Vaccination in the Punjab 1905-1918 - 1905-1918
Year: 1905
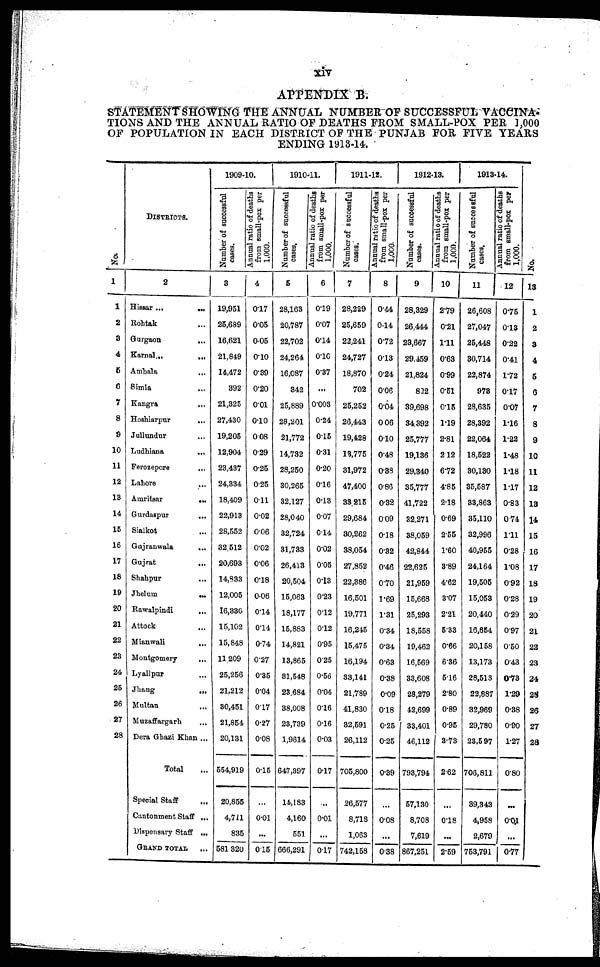
xiv
APPENDIX B.
STATEMENT SHOWING THE ANNUAL NUMBER OF SUCCESSFULVACCINA¬
TIONS AND THE ANNUAL RATIO OF DEATHS FROM SMALL-POX PER 1,000
OF POPULATION IN EACH DISTRICT OF THE PUNJAB FOR FIVE YEARS
ENDING 1913-14.
No.
1
1
2
3
4
5
6
7
8
9
10
11
12
13
14
15
16
17
18
19
20
21
22
23
24
25
26
27
28
DISTRICTS.
2
Hissar ...
...
Rohtak ... ...
Gurgaon
...
Karnal...
...
Ambala
...
Simla
...
Kangra ...
Hoshiarpur
...
Jullundur ...
Ludhiana
...
Ferozepore
...
Lahore
...
Amritsar
...
Gurdaspur
...
Sialkot ...
Gujranwala
...
Gujrat
...
Shahpur
...
Jhelum
...
Rawalpindi
...
Attock
...
Mianwali
...
Montgomery
...
Lyallpur ...
Jhang ...
Multan ...
Muzaffargarh ...
Dera Ghazi Khan ...
Total ...
Special Staff ...
Cantonment Staff ...
Dispensary Staff ...
GRAND TOTAL ...
1909-10.
Number of successful
cases.
3
19,951
25,689
16,621
21,849
14,472
392
21,325
27,430
19,205
12,904
23,437
24,334
18,409
22,913
28,552
32,512
20,693
14,833
12,005
16,330
15,102
15,848
11,209
25,256
21,212
30,451
21,854
20,131
554,919
20,855
4,711
835
581,320
Annual ratio of deaths
from small-pox per
1,000.
4
0.17
0.05
0.05
0.10
0.39
0.20
0.01
0.10
0.08
0.29
0.25
0.25
0.11
0.02
0.06
0.02
0.06
0.18
0.06
0.14
0.14
0.74
0.27
0.35
0.04
0.17
0.27
0.08
0.15
...
0.01
...
0.15
1910-11.
Number of successful
cases.
5
28,163
20,787
22,702
24,264
16,087
342
25,889
28,201
21,772
14,732
28,250
30,265
32,127
28,040
32,724
31,733
26,413
20,504
15,063
18,177
15,883
14,821
13,865
31,548
23,684
38,008
23,739
1,9614
647,397
14,183
4,160
551
666,291
Annual ratio of deaths
from small-pox per
1,000.
6
0.19
0.07
0.14
0.10
0.37
...
0.003
0.24
0.15
0.31
0.20
0.16
0.13
0.07
0.14
0.02
0.05
0.13
0.23
0.12
0.12
0.95
0.25
0.56
0.04
0.16
0.16
0.03
0.17
...
0.01
...
0.17
1911-12.
Number of successful
cases.
7
28,229
25,659
22,241
24,727
18,870
702
25,252
26,443
19,428
13,775
31,972
47,400
33,215
29,684
30,262
38,054
27,852
22,386
16,501
19,771
16,245
15,475
16,194
33,141
21,789
41,830
32,591
26,112
705,800
26,577
8,718
1,063
742,158
Annual ratio of deaths
from small-pox per
1,000.
8
0.44
0.14
0.72
0.13
0.24
0.06
0.04
0.06
0.10
0.48
0.38
0.86
0.32
0.09
0.18
0.32
0.46
0.70
1.69
1.31
0.34
0.34
0.63
0.38
0.09
0.18
0.25
0.25
0.39
...
0.08
...
0.38
1912-13.
Number of successful
cases.
9
28,329
26,444
23,667
29,459
21,824
822
39,698
34,392
25,777
19,136
29,340
35,777
41,722
32,271
38,059
42,844
22,625
21,959
15,668
25,293
18,558
19,462
16,569
33,608
28,279
42,699
33,401
46,112
793,794
57,130
8,708
7,619
867,251
Annual ratio of deaths
from small-pox per
1,000.
10
2.79
0.21
1.11
0.63
0.99
0.51
0.15
1.19
2.81
2.12
6.72
4.85
2.18
0.69
2.55
1.60
3.89
4.62
3.07
2.21
5.33
0.66
6.36
5.16
2.80
0.89
0.95
3.73
2.62
...
0.18
...
2.59
1913-14.
Number of successful
cases.
11
26,608
27,047
25,448
30,714
22,874
973
28,635
28,392
22,064
18,522
30,130
35,587
33,863
35,110
32,996
40,955
24,164
19,505
15,053
20,440
16,654
20,158
13,173
28,513
22,887
32,969
29,780
23,597
706,811
39,343
4,958
2,679
753,791
Annual ratio of deaths
from small-pox per
1,000.
12
0.75
0.13
0.22
0.41
1.72
0.17
0.07
1.16
1.22
1.48
1.18
1.17
0.83
0.74
1.11
0.28
1.08
0.92
0.28
0.29
0.97
0.50
0.43
0.73
1.29
0.38
0.90
1.27
0.80
...
0.01
...
0.77
No.
13
1
2
3
4
5
6
7
8
9
10
11
12
13
14
15
16
17
18
19
20
21
22
23
24
25
26
27
23